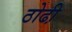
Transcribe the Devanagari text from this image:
ठोढी़